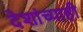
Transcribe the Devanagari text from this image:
देशांच्याही